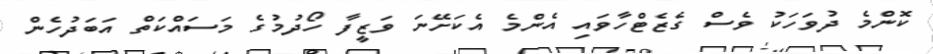
ކޮންމެ ދުވަހަކު ވެސް ގެޒެޓްހާވައި އެންމެ އެކަށޭނަ ވަޒީފާ ހޯދުމުގެ މަސައްކަތް އަބަދުހެން